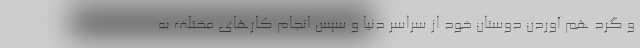
و گرد هم آوردن دوستان خود از سراسر دنیا و سپس انجام کارهای مختلف به